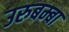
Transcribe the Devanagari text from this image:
उरुबम्बा